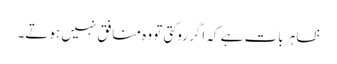
ظاہر بات ہے کہ اگر روکتی تو وہ منافق نہیں ہوتے۔